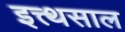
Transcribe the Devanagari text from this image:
इत्त्थसाल